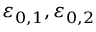
\varepsilon _ { \boldsymbol { 0 } , 1 } , \varepsilon _ { \boldsymbol { 0 } , 2 }